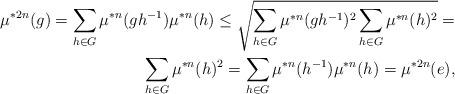
LaTeX: \begin{align*}\mu^{*2n}(g)=\sum_{h\in G} \mu^{*n}(gh^{-1})\mu^{*n}(h)\leq \sqrt{\sum_{h\in G} \mu^{*n}(gh^{-1})^2\sum_{h\in G} \mu^{*n}(h)^2}=\\\sum_{h\in G}\mu^{*n}(h)^2=\sum_{h\in G} \mu^{*n}(h^{-1})\mu^{*n}(h)=\mu^{*2n}(e),\end{align*}